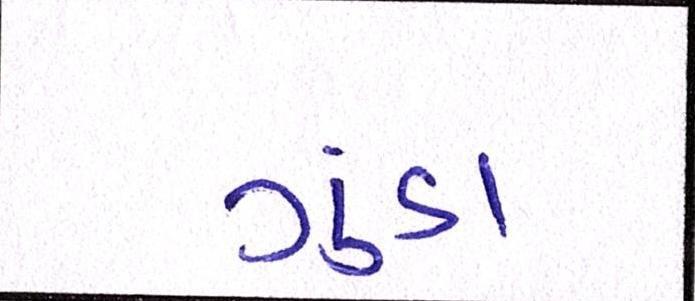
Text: ગુંડા